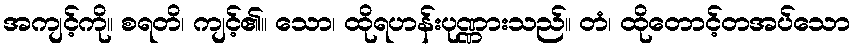
အကျင့်ကို။ စရတိ၊ ကျင့်၏။ သော၊ ထိုရဟန်းပုဏ္ဏားသည်။ တံ၊ ထိုတောင့်တအပ်သော